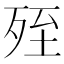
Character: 𣨂